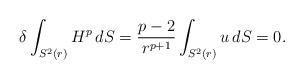
LaTeX: \begin{align*}\delta\int_{S^2(r)} H^p\, dS = \frac{p-2}{r^{p+1}}\int_{S^2(r)} u\, dS = 0.\end{align*}